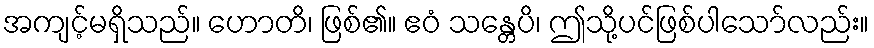
အကျင့်မရှိသည်။ ဟောတိ၊ ဖြစ်၏။ ဧဝံ သန္တေပိ၊ ဤသို့ပင်ဖြစ်ပါသော်လည်း။